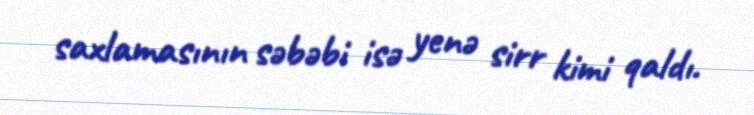
saxlamasının səbəbi isə yenə sirr kimi qaldı.